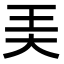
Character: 㺯